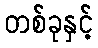
တစ်ခုနှင့်